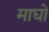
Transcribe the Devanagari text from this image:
माघो